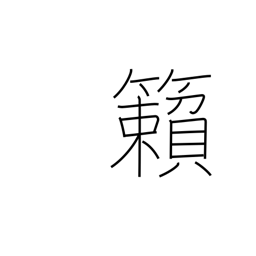
Meaning: rattling of the wind